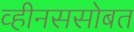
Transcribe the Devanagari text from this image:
व्हीनससोबत